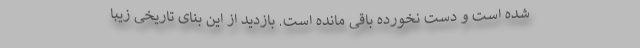
شده است و دست نخورده باقی مانده است. بازدید از این بنای تاریخی زیبا